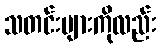
သတင်းများကိုလည်း